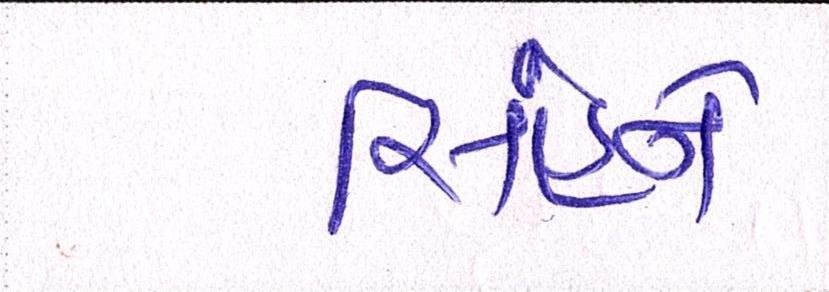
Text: સિંહને